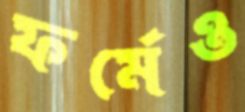
ফর্মেও